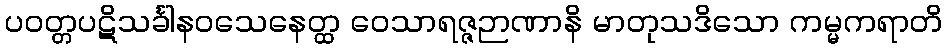
ပဝတ္တပဋိသင်္ခါနဝသေနေတ္ထ ဝေသာရဇ္ဇဉာဏာနိ မာတုသဒိသော ကမ္မကရာတိ